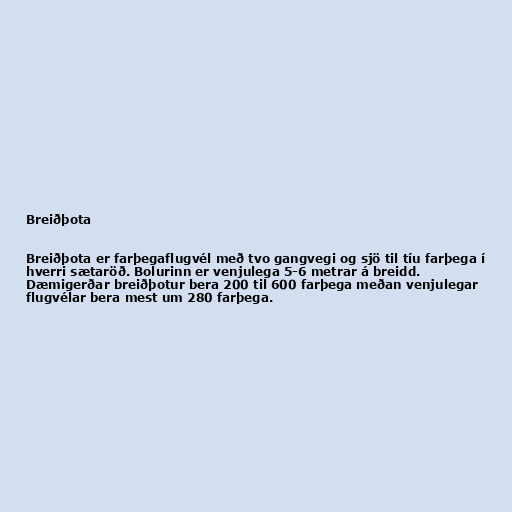
Breiðþota

Breiðþota er farþegaflugvél með tvo gangvegi og sjö til tíu farþega í
hverri sætaröð. Bolurinn er venjulega 5-6 metrar á breidd.
Dæmigerðar breiðþotur bera 200 til 600 farþega meðan venjulegar
flugvélar bera mest um 280 farþega.